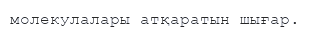
молекулалары атқаратын шығар.